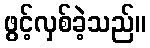
ဖွင့်လှစ်ခဲ့သည်။